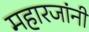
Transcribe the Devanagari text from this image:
महारजांनी